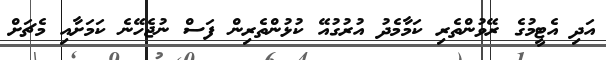
އަދި އެޓީމުގެ ރޭވުންތެރި ކަމާމެދު އުރުގުއޭ ކުޅުންތެރިން ފަސް ނުޖެހޭނެ ކަމަށާއި މެޗަށް